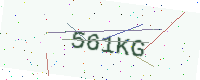
Text: 561KG